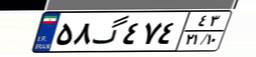
۰۸گ۵۱۱۰۰